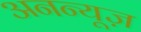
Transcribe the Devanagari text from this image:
अनन्यूज़